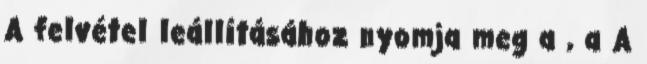
A felvétel leállításához nyomja meg a , a A